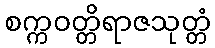
စက္ကဝတ္တိရာဇသုတ္တံ